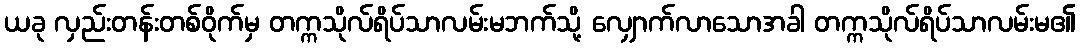
ယခု လှည်းတန်းတစ်ဝိုက်မှ တက္ကသိုလ်ရိပ်သာလမ်းမဘက်သို့ လျှောက်လာသောအခါ တက္ကသိုလ်ရိပ်သာလမ်းမ၏